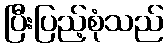
ပြီးပြည့်စုံသည်